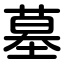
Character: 墓